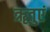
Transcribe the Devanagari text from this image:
ॠतुएं